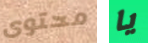
محتوى يا